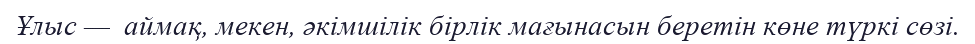
Ұлыс —  аймақ, мекен, әкімшілік бірлік мағынасын беретін көне түркі сөзі.